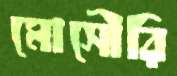
মোসৌরি